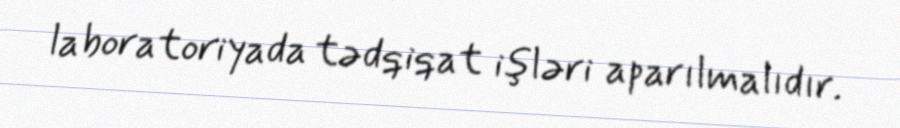
laboratoriyada tədqiqat işləri aparılmalıdır.